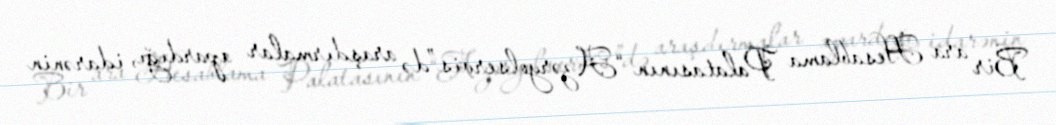
Bir ara Hesablama Palatasının “Azəryolservis”də araşdırmalar apardığı, idarənin